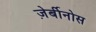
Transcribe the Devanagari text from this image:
ज़ेर्बीनोस